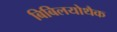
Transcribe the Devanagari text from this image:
बिबिलयोथैक